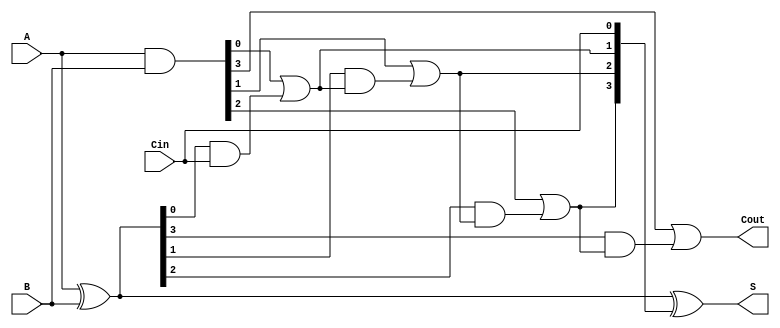
module carry_lookahead_adder #(parameter n = 4) (
    input [n-1:0] A,    // First n-bit input
    input [n-1:0] B,    // Second n-bit input
    input Cin,          // Carry-in
    output [n-1:0] S,   // Sum output
    output Cout         // Carry-out
);

    wire [n-1:0] G;     // Generate signals
    wire [n-1:0] P;     // Propagate signals
    wire [n:0] C;       // Carry signals

    // Generate and Propagate calculations
    assign G = A & B;          // G_i = A_i * B_i
    assign P = A ^ B;          // P_i = A_i ^ B_i

    // Carry calculations
    assign C[0] = Cin;         // C_0 = Cin
    genvar i;
    generate
        for (i = 0; i < n; i = i + 1) begin : carry_gen
            if (i == 0) begin
                assign C[i+1] = G[i] | (P[i] & C[i]); // C_1 = G_0 + (P_0 * C_0)
            end else begin
                assign C[i+1] = G[i] | (P[i] & C[i]); // C_i = G_(i-1) + (P_(i-1) * C_(i-1))
            end
        end
    endgenerate

    // Sum calculation
    assign S = P ^ C[n-1:0];   // S_i = P_i ^ C_i
    assign Cout = C[n];        // Carry-out

endmodule